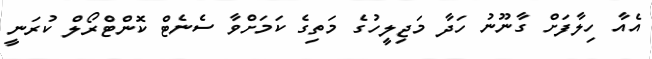
އެެއާ ހިލާފަށް ގާނޫނު ހަދާ މަޖިލީހުގެ މަތިގެ ކަމަށްވާ ސެނެޓް ކޮންޓްރޯލް ކުރަނީ